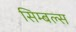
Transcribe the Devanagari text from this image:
सिम्बल्स